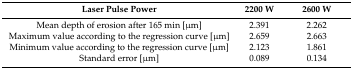
<table><thead><tr><td><b>Laser Pulse Power</b></td><td><b>2200 W</b></td><td><b>2600 W</b></td></tr></thead><tbody><tr><td>Mean depth of erosion after 165 min [μm]</td><td>2.391</td><td>2.262</td></tr><tr><td>Maximum value according to the regression curve [μm]</td><td>2.659</td><td>2.663</td></tr><tr><td>Minimum value according to the regression curve [μm]</td><td>2.123</td><td>1.861</td></tr><tr><td>Standard error [μm]</td><td>0.089</td><td>0.134</td></tr></tbody></table>